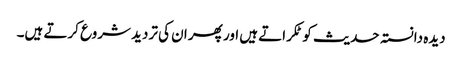
دیدہ دانستہ حدیث کو ٹکراتے ہیں اور پھر ان کی تردید شروع کرتے ہیں۔